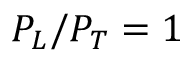
P _ { L } / P _ { T } = 1